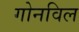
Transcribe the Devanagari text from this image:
गोनविल